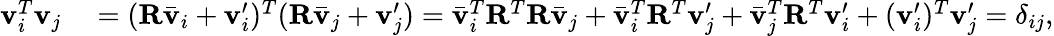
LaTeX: \begin{array}{rl}{\mathbf{v}_{i}^{T}\mathbf{v}_{j}}&{{}=(\mathbf{R}\bar{\mathbf{v}}_{i}+\mathbf{v}_{i}^{\prime})^{T}(\mathbf{R}\bar{\mathbf{v}}_{j}+\mathbf{v}_{j}^{\prime})=\bar{\mathbf{v}}_{i}^{T}\mathbf{R}^{T}\mathbf{R}\bar{\mathbf{v}}_{j}+\bar{\mathbf{v}}_{i}^{T}\mathbf{R}^{T}\mathbf{v}_{j}^{\prime}+\bar{\mathbf{v}}_{j}^{T}\mathbf{R}^{T}\mathbf{v}_{i}^{\prime}+(\mathbf{v}_{i}^{\prime})^{T}\mathbf{v}_{j}^{\prime}=\delta_{ij},}\end{array}